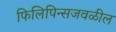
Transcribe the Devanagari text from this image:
फिलिपिन्सजवळील